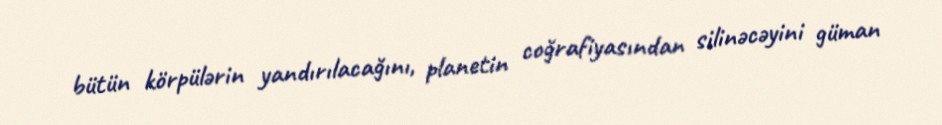
bütün körpülərin yandırılacağını, planetin coğrafiyasından silinəcəyini güman